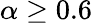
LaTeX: \alpha\ge 0.6